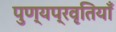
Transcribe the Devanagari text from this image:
पुण्यप्रवृतियाँ